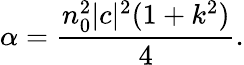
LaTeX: \alpha=\frac{n_{0}^{2}|c|^{2}(1+k^{2})}{4}.